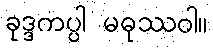
ခုဒ္ဒကပ္ပါ မဓုဿဝါ။